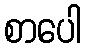
စာပေါ